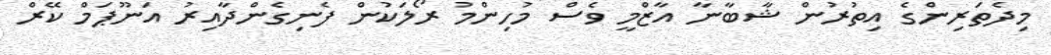
މިދެތަރިންގެ އިތުރުން ޝާބާނާ އާޒްމީ ވެސް މުހިންމު ރޯލަކުން ފެނިގެންދާއިރު އަނޫޕަމް ކޭރް